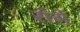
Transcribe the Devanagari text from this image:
संर्ग